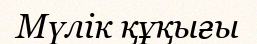
Мүлік құқығы